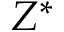
Z ^ { * }